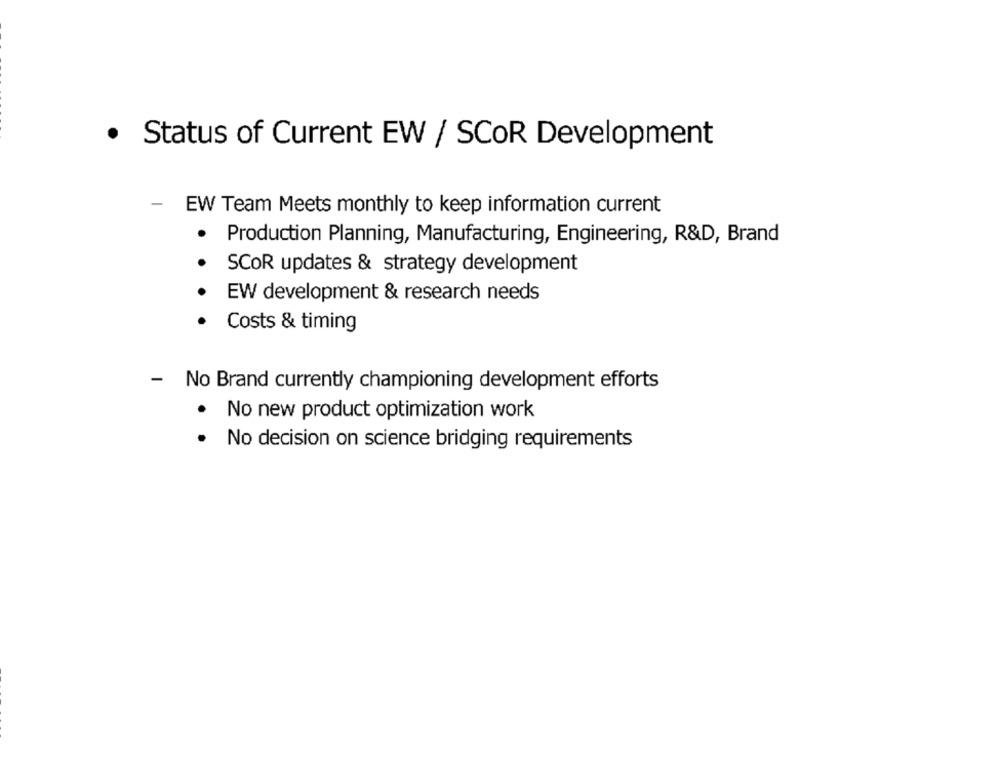
· Status of Current EW / SCOR Development
-
EW Team Meets monthly to keep information current
Production Planning, Manufacturing, Engineering, R&D, Brand
SCOR updates & strategy development
EW development & research needs
Costs & timing
- No Brand currently championing development efforts
. No new product optimization work
.
No decision on science bridging requirements